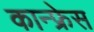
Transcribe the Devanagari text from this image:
कान्फ्रेस